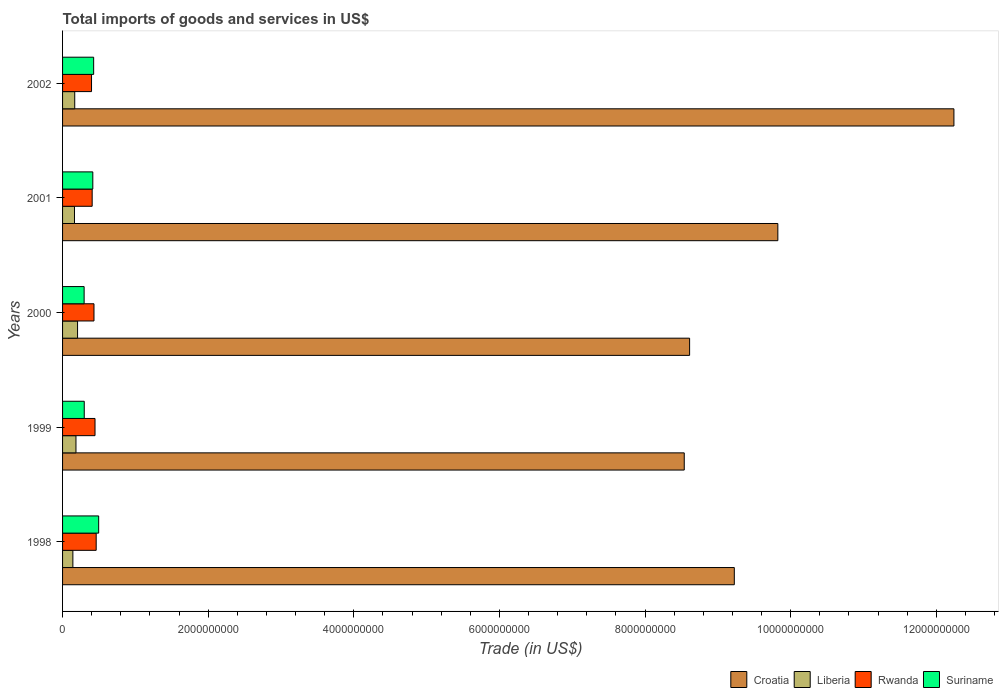
| Years | Croatia | Liberia | Rwanda | Suriname |
 | --- | --- | --- | --- | --- |
 | 1998 | 9.23e+09 | 1.42e+08 | 4.62e+08 | 4.96e+08 |
 | 1999 | 8.54e+09 | 1.84e+08 | 4.46e+08 | 2.98e+08 |
 | 2000 | 8.61e+09 | 2.06e+08 | 4.32e+08 | 2.96e+08 |
 | 2001 | 9.82e+09 | 1.64e+08 | 4.07e+08 | 4.16e+08 |
 | 2002 | 1.22e+10 | 1.67e+08 | 3.98e+08 | 4.27e+08 |